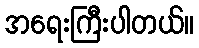
အရေးကြီးပါတယ်။